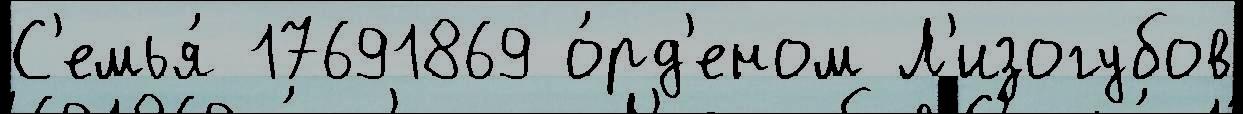
С'емья́ 17691869 о́рд'еном Л'изогубов